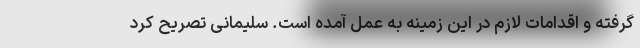
گرفته و اقدامات لازم در این زمینه به عمل آمده است. سلیمانی تصریح کرد